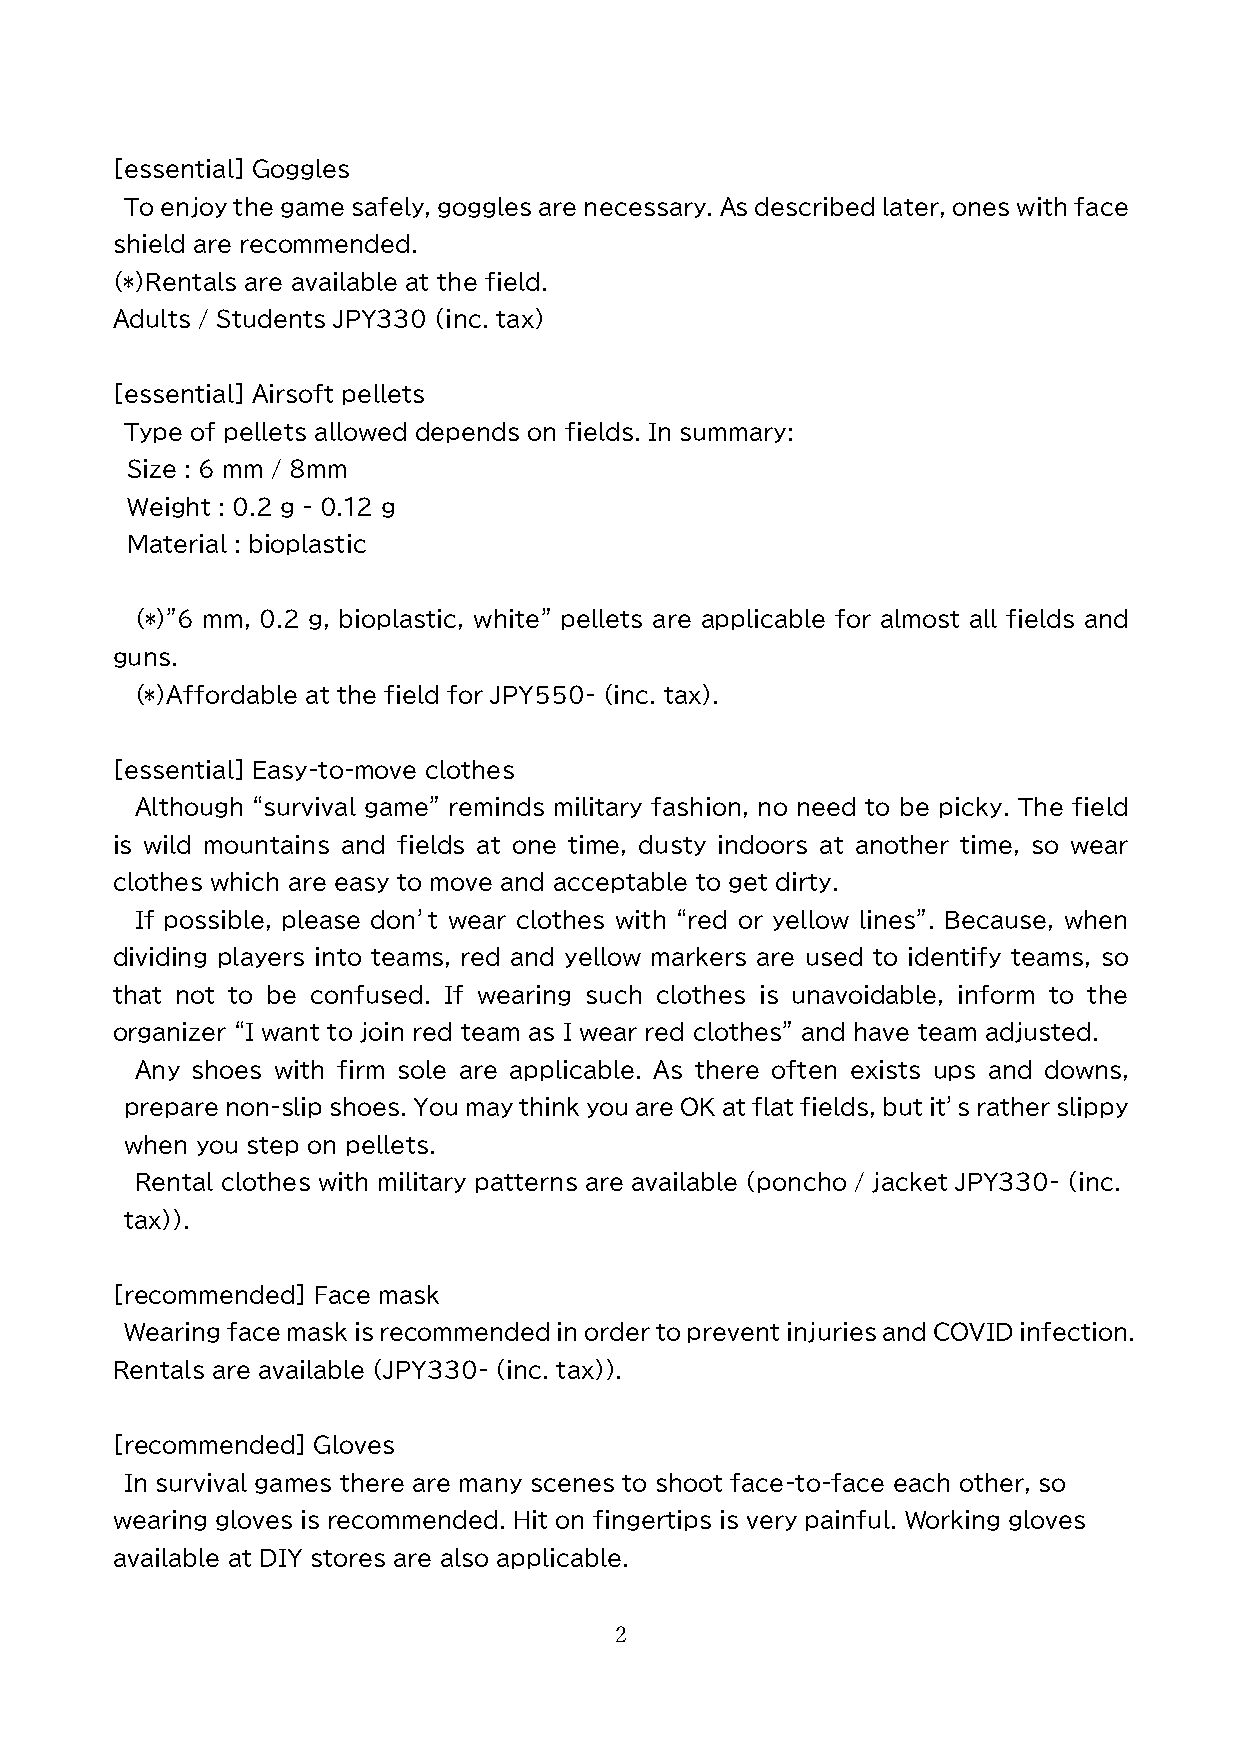
[essential] Goggles
 To enjoy the game safely, goggles are necessary. As described later, ones with face
 shield are recommended.
 (*)Rentals are available at the field.
 Adults / Students JPY330 (inc. tax)
 [essential] Airsoft pellets
 Type of pellets allowed depends on fields. In summary:
 Size : 6 mm / 8mm
 Weight : 0.2 g - 0.12 g
 Material : bioplastic
 (*)”6 mm, 0.2 g, bioplastic, white” pellets are applicable for almost all fields and
 guns.
 (*)Affordable at the field for JPY550- (inc. tax).
 [essential] Easy-to-move clothes
 Although “survival game” reminds military fashion, no need to be picky. The field
 is wild mountains and fields at one time, dusty indoors at another time, so wear
 clothes which are easy to move and acceptable to get dirty.
 If possible, please don’t wear clothes with “red or yellow lines”. Because, when
 dividing players into teams, red and yellow markers are used to identify teams, so
 that not to be confused. If wearing such clothes is unavoidable, inform to the
 organizer “I want to join red team as I wear red clothes” and have team adjusted.
 Any shoes with firm sole are applicable. As there often exists ups and downs,
 prepare non-slip shoes. You may think you are OK at flat fields, but it’s rather slippy
 when you step on pellets.
 Rental clothes with military patterns are available (poncho / jacket JPY330- (inc.
 tax)).
 ［recommended] Face mask
 Wearing face mask is recommended in order to prevent injuries and COVID infection.
 Rentals are available (JPY330- (inc. tax)).
 ［recommended] Gloves
 In survival games there are many scenes to shoot face-to-face each other, so
 wearing gloves is recommended. Hit on fingertips is very painful. Working gloves
 available at DIY stores are also applicable.
 2